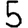
Digit: 5